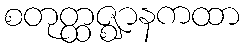
စတုတ္ထဇ္ဈာနကထာ